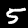
Label: 5